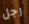
رجل